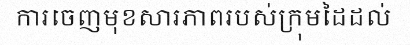
ការចេញមុខសារភាពរបស់ក្រុមដៃដល់